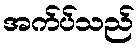
အက်ပ်သည်